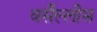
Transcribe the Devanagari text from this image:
वर्सैल्लीस